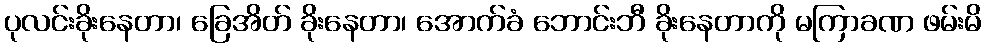
ပုလင်းခိုးနေတာ၊ ခြေအိတ် ခိုးနေတာ၊ အောက်ခံ ဘောင်းဘီ ခိုးနေတာကို မကြာခဏ ဖမ်းမိ